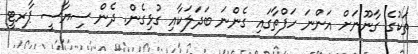
ތަކުގެ ގާނޫނަށް އަންނަ ހަފްތާގައި ގެންނަ ބަދަލަކާއި ގުޅިގެން. ދެން ސިޔާސީ ޕާރޓީ